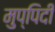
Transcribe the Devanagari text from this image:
मुप्पिदी